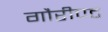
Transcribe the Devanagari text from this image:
गौरीपट